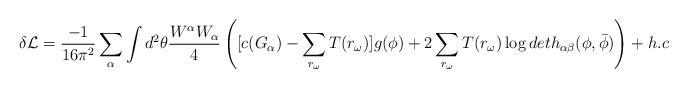
LaTeX: \begin{align*}\delta{\cal L} = \frac{-1}{16{\pi}^2}\sum_{\alpha}\int d^2 \theta\frac{W^{\alpha}W_{\alpha}}{4} \left([c(G_{\alpha}) -\sum_{r_{\omega}} T(r_{\omega})]g(\phi)+2\sum_{r_{\omega}}T(r_{\omega})\log det h_{\alpha\beta}(\phi,{\bar\phi})\right)+h.c\end{align*}